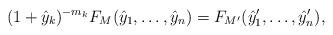
LaTeX: \begin{align*}(1 + \hat y_k)^{-m_k} F_M(\hat y_1, \dots, \hat y_n) = F_{M'}(\hat y_1', \dots, \hat y_n'),\end{align*}